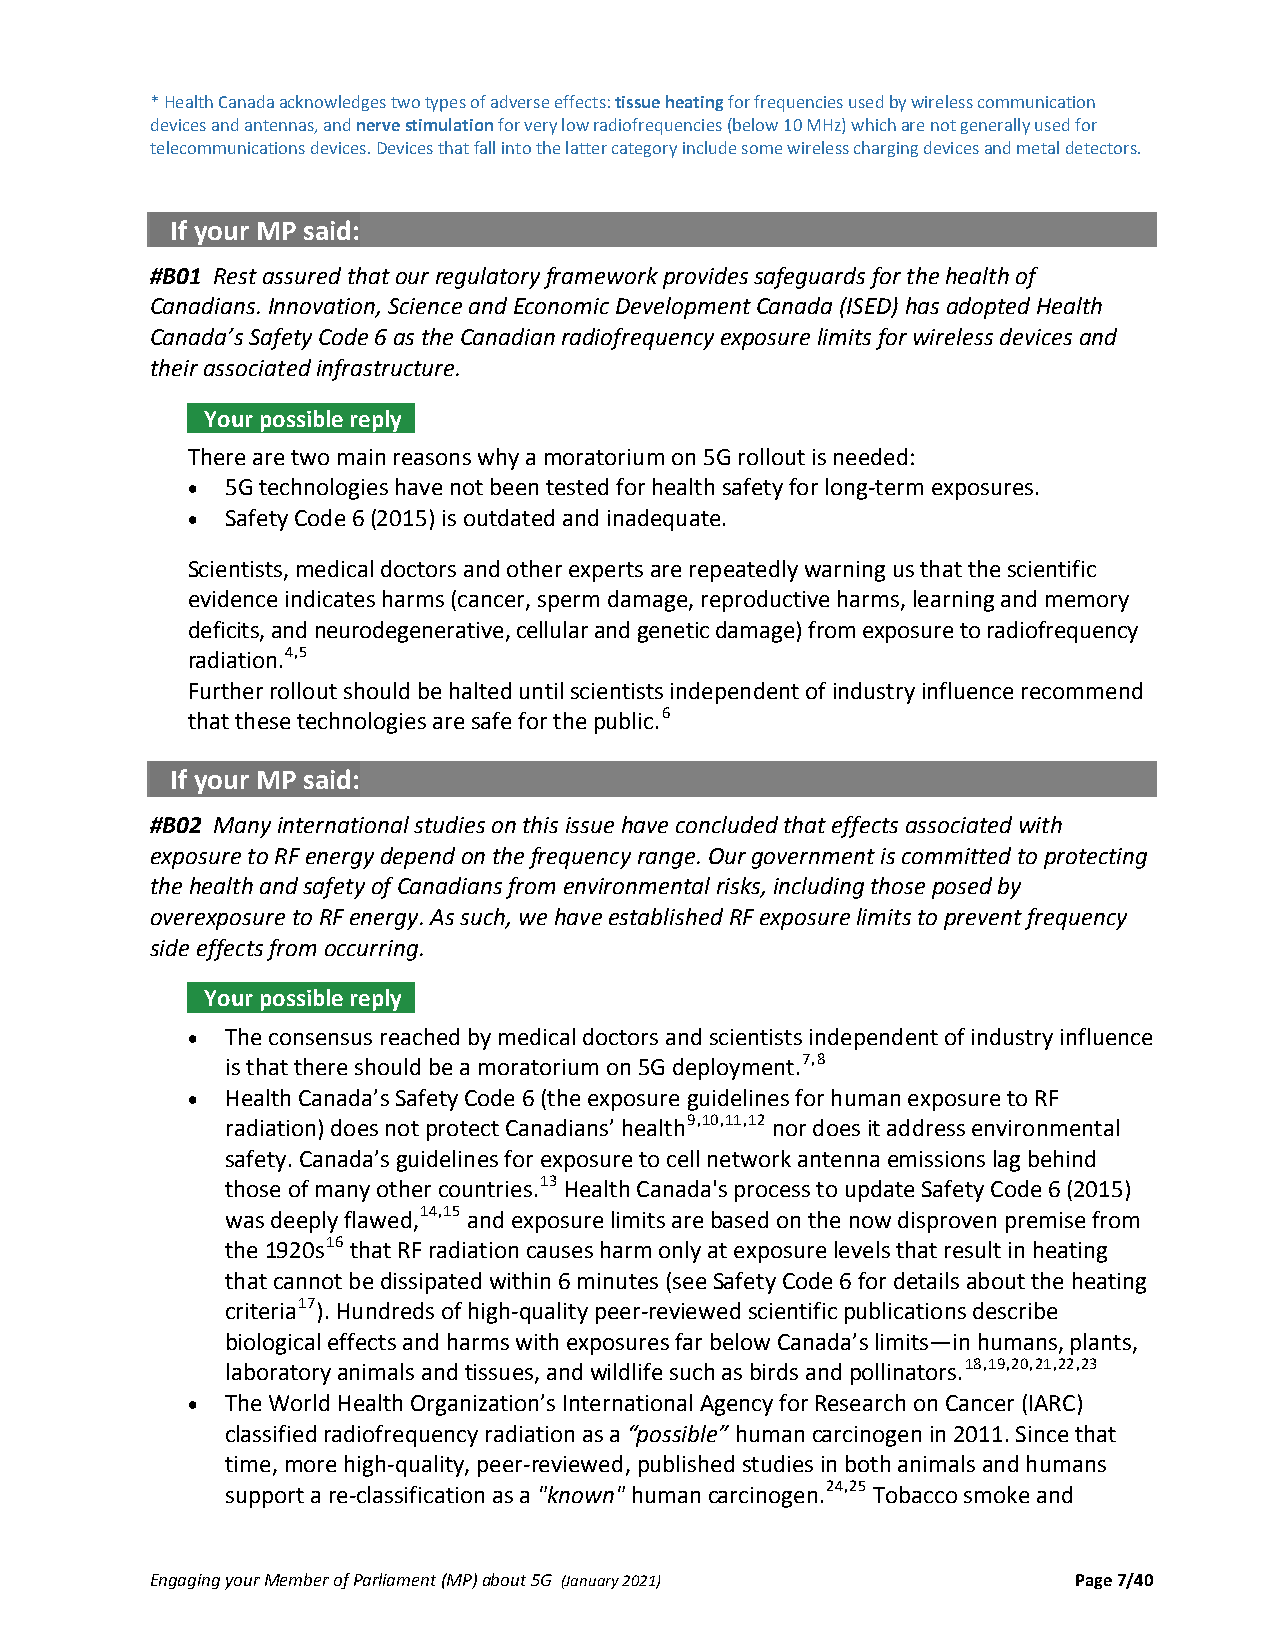
* Health Canada acknowledges two types of adverse effects: tissue heating for frequencies used by wireless communication
 devices and antennas, and nerve stimulation for very low radiofrequencies (below 10 MHz) which are not generally used for
 telecommunications devices. Devices that fall into the latter category include some wireless charging devices and metal detectors.
 If your MP said:
 #B01 Rest assured that our regulatory framework provides safeguards for the health of
 Canadians. Innovation, Science and Economic Development Canada (ISED) has adopted Health
 Canada’s Safety Code 6 as the Canadian radiofrequency exposure limits for wireless devices and
 their associated infrastructure.
 Your possible reply .
 There are two main reasons why a moratorium on 5G rollout is needed:
   5G technologies have not been tested for health safety for long‐term exposures.
   Safety Code 6 (2015) is outdated and inadequate.
 Scientists, medical doctors and other experts are repeatedly warning us that the scientific
 evidence indicates harms (cancer, sperm damage, reproductive harms, learning and memory
 deficits, and neurodegenerative, cellular and genetic damage) from exposure to radiofrequency
 radiation.4,5
 Further rollout should be halted until scientists independent of industry influence recommend
 that these technologies are safe for the public.6
 If your MP said:
 #B02 Many international studies on this issue have concluded that effects associated with
 exposure to RF energy depend on the frequency range. Our government is committed to protecting
 the health and safety of Canadians from environmental risks, including those posed by
 overexposure to RF energy. As such, we have established RF exposure limits to prevent frequency
 side effects from occurring.
 Your possible reply .
   The consensus reached by medical doctors and scientists independent of industry influence
 is that there should be a moratorium on 5G deployment.7,8
   Health Canada’s Safety Code 6 (the exposure guidelines for human exposure to RF
 radiation) does not protect Canadians’ health9,10,11,12 nor does it address environmental
 safety. Canada’s guidelines for exposure to cell network antenna emissions lag behind
 those of many other countries.13 Health Canada's process to update Safety Code 6 (2015)
 was deeply flawed,14,15 and exposure limits are based on the now disproven premise from
 the 1920s16 that RF radiation causes harm only at exposure levels that result in heating
 that cannot be dissipated within 6 minutes (see Safety Code 6 for details about the heating
 criteria17). Hundreds of high‐quality peer‐reviewed scientific publications describe
 biological effects and harms with exposures far below Canada’s limits—in humans, plants,
 laboratory animals and tissues, and wildlife such as birds and pollinators.18,19,20,21,22,23
   The World Health Organization’s International Agency for Research on Cancer (IARC)
 classified radiofrequency radiation as a “possible” human carcinogen in 2011. Since that
 time, more high‐quality, peer‐reviewed, published studies in both animals and humans
 support a re‐classification as a "known" human carcinogen.24,25 Tobacco smoke and
 Engaging your Member of Parliament (MP) about 5G (January 2021) Page 7/40